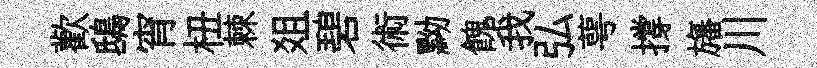
歡鴟宵杻棘爼碧術黝餽我弘萼撐旛川